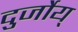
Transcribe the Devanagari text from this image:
दुर्जोय्